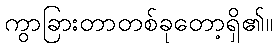
ကွာခြားတာတစ်ခုတော့ရှိ၏။